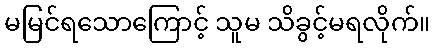
မမြင်ရသောကြောင့် သူမ သိခွင့်မရလိုက်။